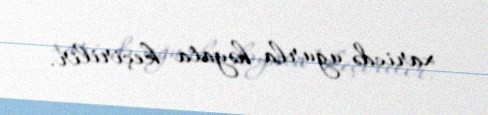
xaricdə uğurla həyata keçirilir.